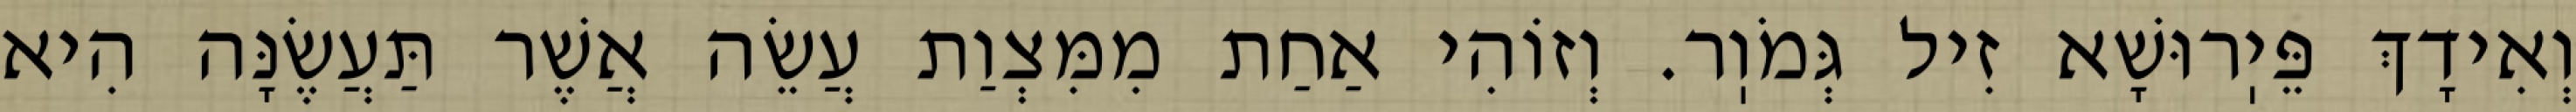
וְאִידָךְ פֵּיֽרוּשָׁא זִיל גְּמֹוֽר. וְזוֹהִי אַחַת מִמִּצְוַת עֲשֵׂה אֲשֶׁר תַּעֲשֶׂנָּה הִיא